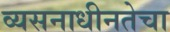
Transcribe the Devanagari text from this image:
व्यसनाधीनतेचा